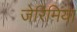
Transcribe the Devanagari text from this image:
जेरिमिया